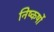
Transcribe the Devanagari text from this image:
निष्कर्षो